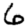
Digit: 6